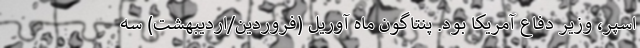
اسپر، وزیر دفاع آمریکا بود. پنتاگون ماه آوریل (فروردین/اردیبهشت) سه